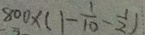
8 0 0 \times ( 1 - \frac { 1 } { 1 0 } - \frac { 1 } { 2 } )